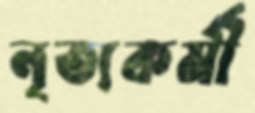
নৃত্যকর্মী